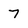
Character: 7